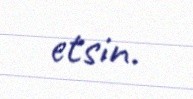
etsin.